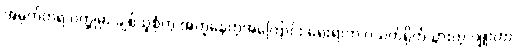
အမှတ်တရ ဝတ္ထုမှာ ချစ်သူစုံတွဲ အတူနေတဲ့အကြောင်း ရေးရာက ဂယက်ရိုက်သွားတဲ့ ဂျူးဟာ